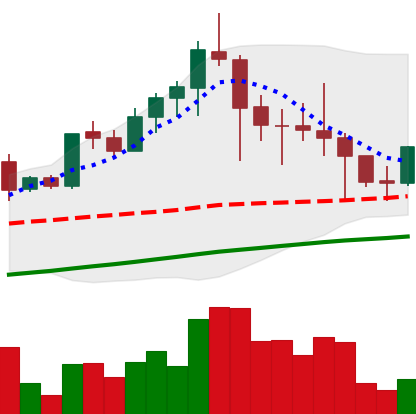
Ticker: LTC-USD
Chart end date: 2021-04-26
Forward return: 11.894%
Label: up_7plus